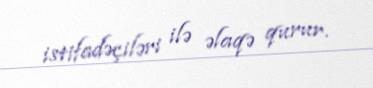
istifadəçiləri ilə əlaqə qurur.